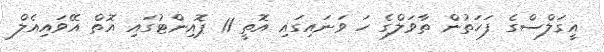
އީގަލްސްގެ ފަހަތުން ތާވަލްގެ ހަ ވަނައިގައި އޮތީ 11 ޕޮއިންޓުގައި އޮތް އޭވައިއެލް